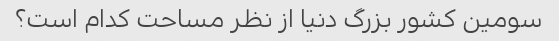
سومین کشور بزرگ دنیا از نظر مساحت کدام است؟